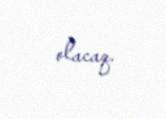
olacaq.